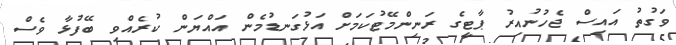
ވަގުތު އައިސް ޖެހުނުއިރު ޕާޓީގެ ރަނިންމޭޓުކަމަށް އަޅުގަނޑުމެން އައްޔަން ކުރެއްވި ބޭފުޅާ ވެސް